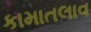
કામાતલાવ